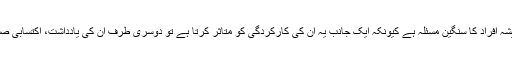
کام کا دباؤ اور اس کے نتیجے میں پیدا ہونے والا اعصابی تناؤ دنیا بھر کے ملازمت پیشہ افراد کا سنگین مسئلہ ہے کیونکہ ایک جانب یہ ان کی کارکردگی کو متاثر کرتا ہے تو دوسری طرف ان کی یادداشت، اکتسابی صلاحیت (نئی چیزیں سیکھنے کی صلاحیت) اور عمومی ذہانت پر بھی اثر انداز ہوتا ہے۔